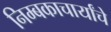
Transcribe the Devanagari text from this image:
निम्बकाचार्यांचे